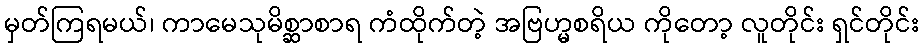
မှတ်ကြရမယ်၊ ကာမေသုမိစ္ဆာစာရ ကံထိုက်တဲ့ အဗြဟ္မစရိယ ကိုတော့ လူတိုင်း ရှင်တိုင်း